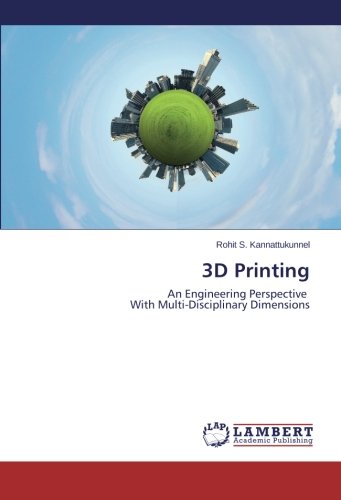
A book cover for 3D Printing: An Engineering Perspective With Multi-Disciplinary Dimensions; Rohit S. Kannattukunnel; Computers & Technology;